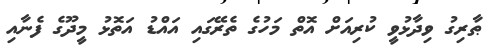
ޠާރިގު ވިދާޅުވީ ކުރިއަށް އޮތް މަހުގެ ތެރޭގައި އައްޑު އަތޮޅު މީދޫގެ ފެނާއި